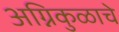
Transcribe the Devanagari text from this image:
अग्निकुळाचे